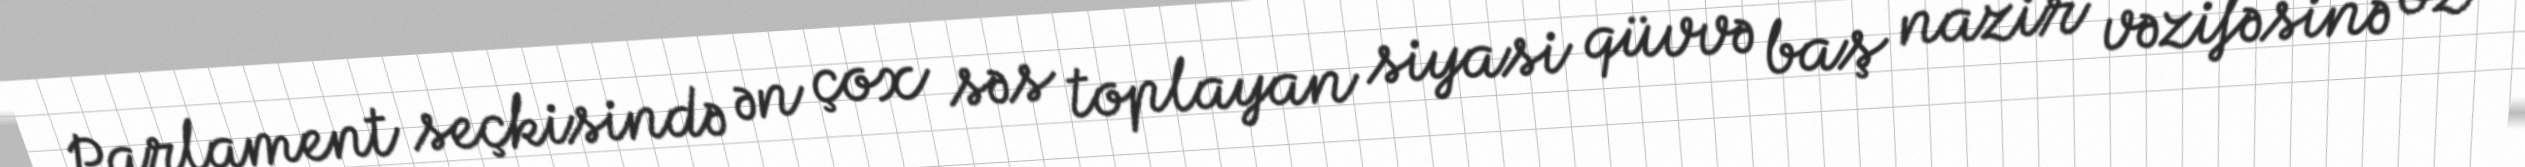
Parlament seçkisində ən çox səs toplayan siyasi qüvvə baş nazir vəzifəsinə öz